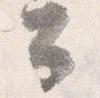
公